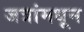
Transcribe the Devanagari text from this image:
जत्रांमधून